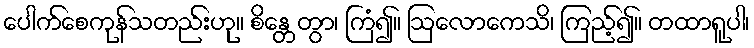
ပေါက်စေကုန်သတည်းဟု။ စိန္တေတွာ၊ ကြံ၍။ ဩလောကေသိ၊ ကြည့်၍။ တထာရူပါ၊